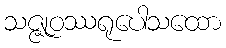
သဇ္ဇုဝဿရုပေါသထော